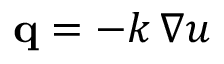
\mathbf { q } = - k \, \nabla u